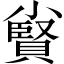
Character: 𡮷